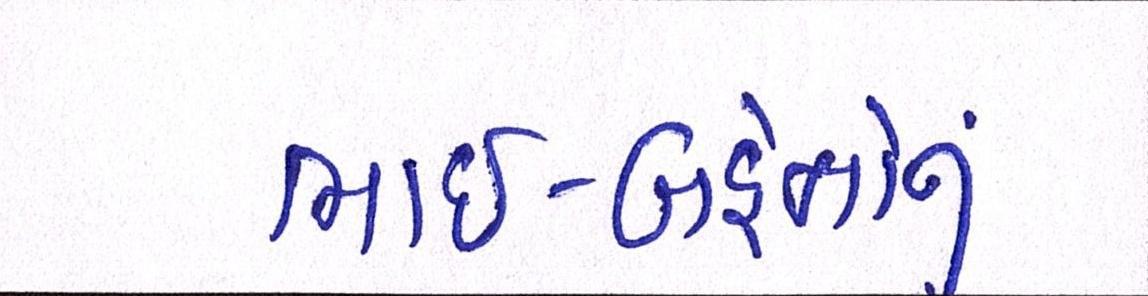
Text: ભાઈ-બહેનોનું